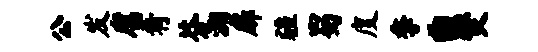
公发腐肴芬溯扉疆蜀度季曲燹